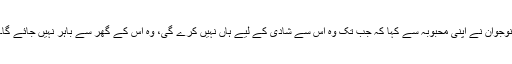
نوجوان نے اپنی محبوبہ سے کہا کہ جب تک وہ اُس سے شادی کے لیے ہاں نہیں کرے گی، وہ اُس کے گھر سے باہر نہیں جائے گا۔